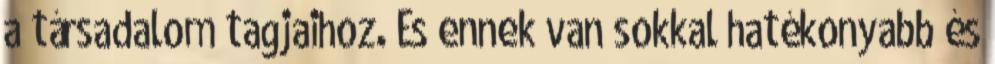
a társadalom tagjaihoz. És ennek van sokkal hatékonyabb és